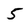
Character: 5